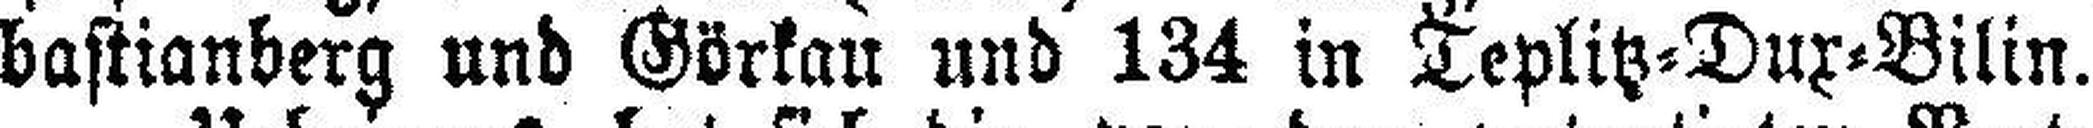
bastianberg und Görkau und 134 in Teplitz=Dux=Bilin.